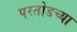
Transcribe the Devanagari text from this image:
परतोडच्या